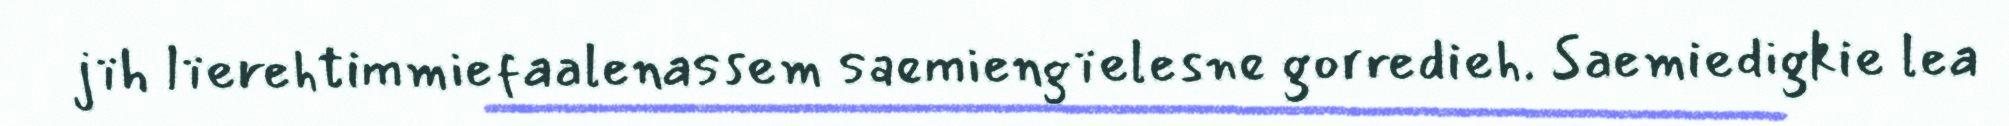
jïh lïerehtimmiefaalenassem saemiengïelesne gorredieh. Saemiedigkie lea